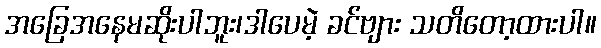
အခြေအနေမဆိုးပါဘူး၊ဒါပေမဲ့ ခင်ဗျား သတိတော့ထားပါ။